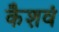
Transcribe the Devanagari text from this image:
कैशवं